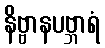
နိဗ္ဗာနပဗ္ဘာရံ